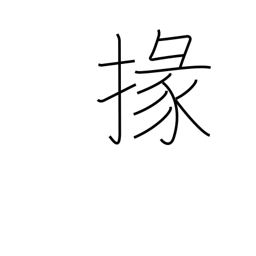
Meaning: subordinate official